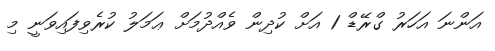
އަންނަ އަހަރު ގްރޭޑް 1 އަށް ކުދިން ވެއްދުމަށް ޢަމަލު ކުރެވިފައިވަނީ މި